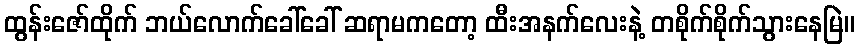
ထွန်းဇော်ထိုက် ဘယ်လောက်ခေါ်ခေါ် ဆရာမကတော့ ထီးအနက်လေးနဲ့ တစိုက်စိုက်သွားနေမြဲ။